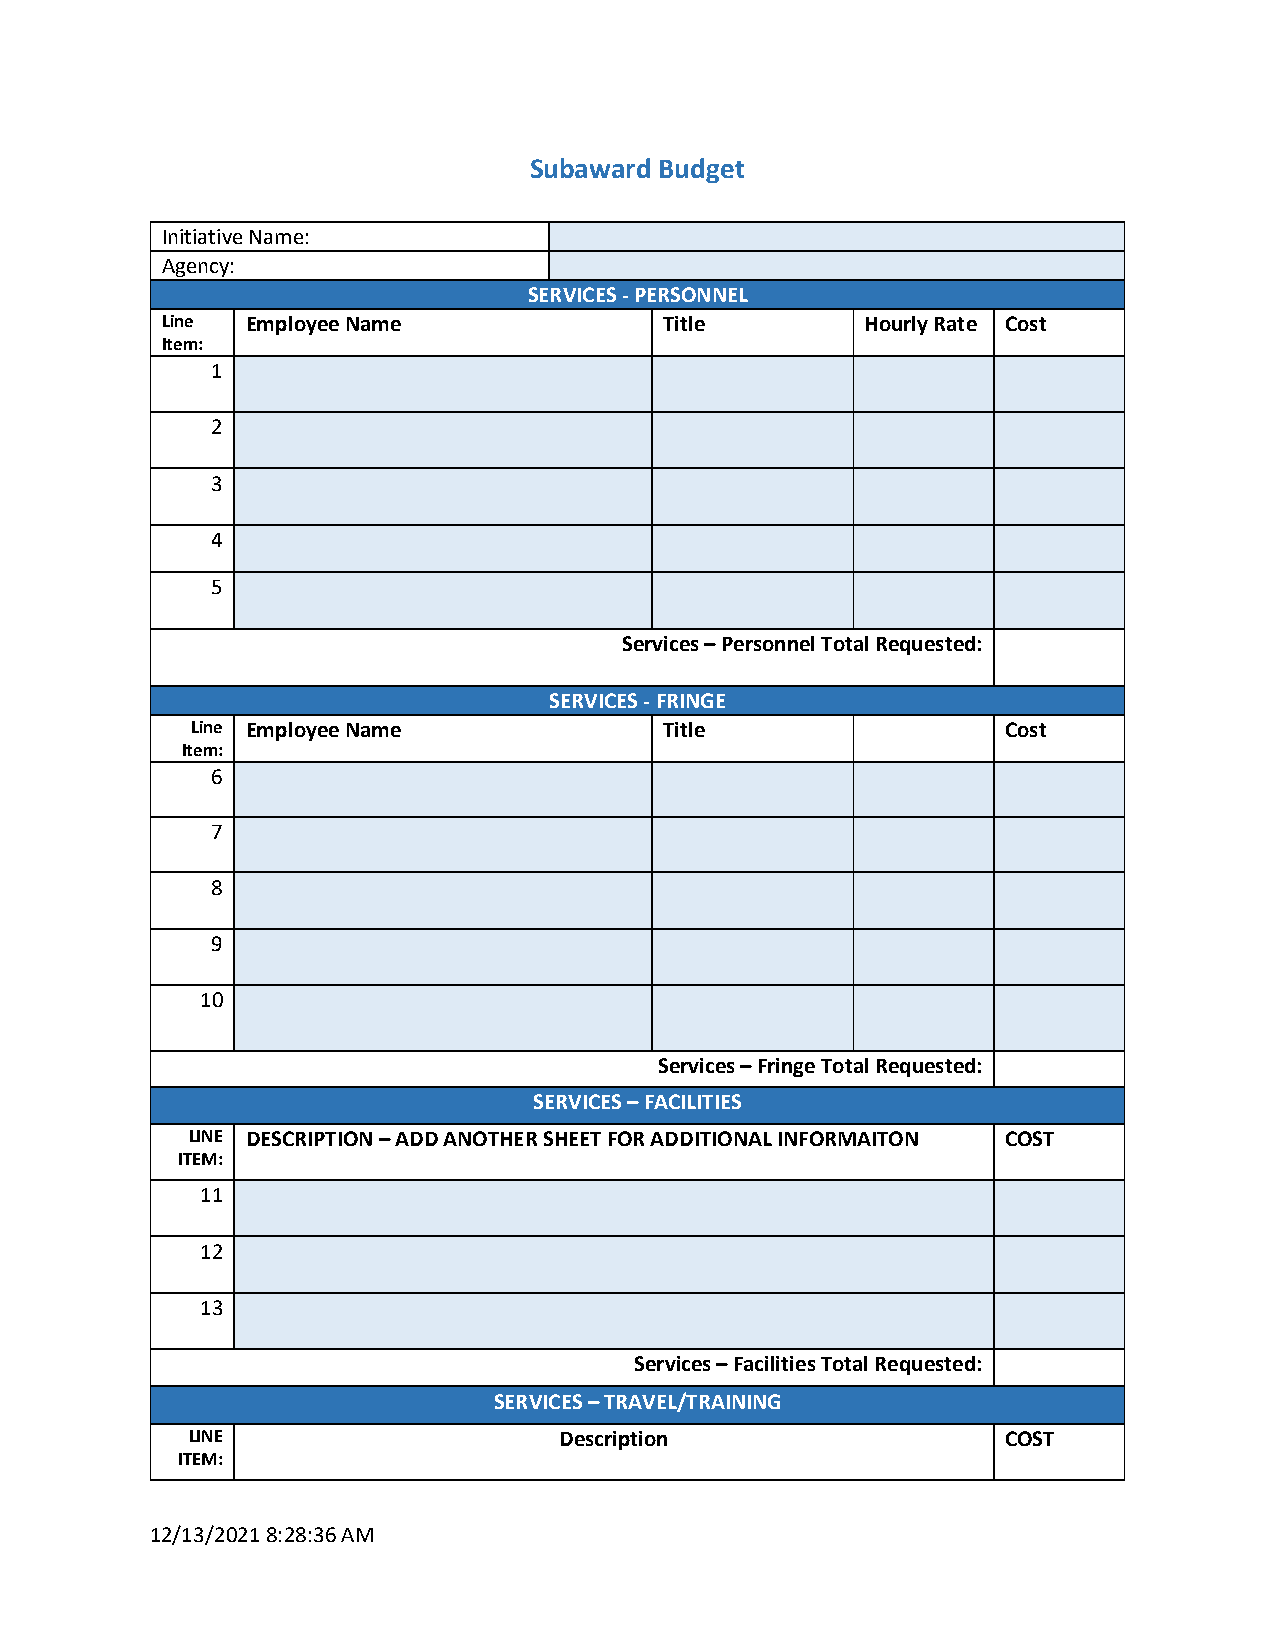
Subaward Budget
 Initiative Name:
 Agency:
 SERVICES - PERSONNEL
 Line Employee Name               Title        Hourly Rate Cost
 Item:
 1
 2
 3
 4
 5
 Services – Personnel Total Requested:
 SERVICES - FRINGE
 Line Employee Name             Title                  Cost
 Item:
 6
 7
 8
 9
 10
 Services – Fringe Total Requested:
 SERVICES – FACILITIES
 LINE DESCRIPTION – ADD ANOTHER SHEET FOR ADDITIONAL INFORMAITON COST
 ITEM:
 11
 12
 13
 Services – Facilities Total Requested:
 SERVICES – TRAVEL/TRAINING
 LINE                     Description                   COST
 ITEM:
 12/13/2021 8:28:36 AM